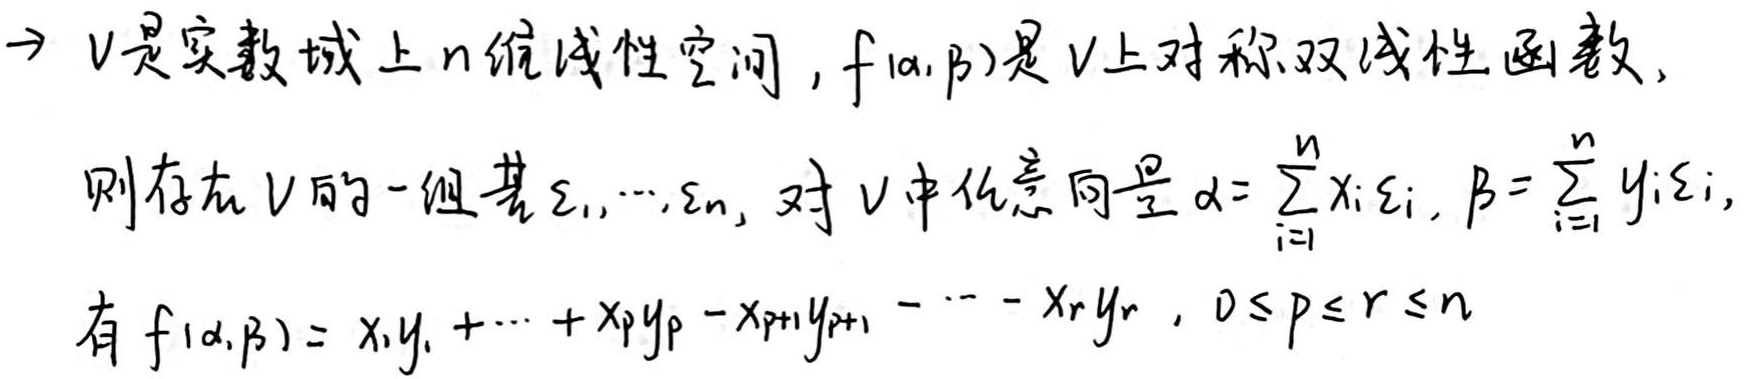
$V$是实数域上$n$维线性空间，$f(\alpha,\beta)$是$V$上对称双线性函数，
则存在$V$的一组基$\varepsilon_1,\cdots,\varepsilon_n$，对$V$中任意向量$\alpha = \sum_{i = 1}^{n}x_i\varepsilon_i,\beta = \sum_{i = 1}^{n}y_i\varepsilon_i$，
有$f(\alpha,\beta)=x_1y_1+\cdots +x_py_p - x_{p + 1}y_{p + 1}-\cdots - x_ry_r,0\leq p\leq r\leq n$